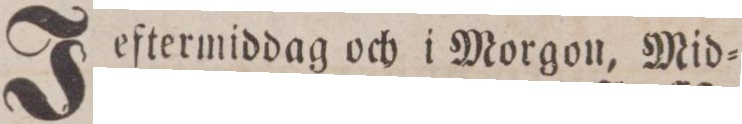
Jeftermiddag och i Morgon, Mid=